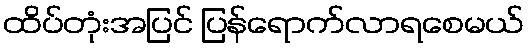
ထိပ်တုံးအပြင် ပြန်ရောက်လာရစေမယ်